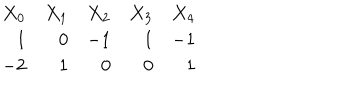
LaTeX: \begin{array} { r r r r r } { { X _ { 0 } } } & { { X _ { 1 } } } & { { X _ { 2 } } } & { { X _ { 3 } } } & { { X _ { 4 } } } \\ { { 1 } } & { { 0 } } & { { - 1 } } & { { 1 } } & { { - 1 } } \\ { { - 2 } } & { { 1 } } & { { 0 } } & { { 0 } } & { { 1 } } \\ \end{array}